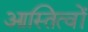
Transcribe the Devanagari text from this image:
आस्तित्वों